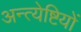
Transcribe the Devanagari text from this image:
अन्त्येष्टियों